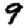
Digit: 9